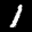
Label: 1